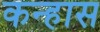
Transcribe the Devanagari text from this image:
कन्हास